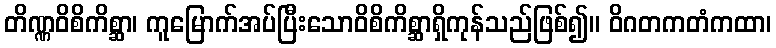
တိဏ္ဏဝိစိကိစ္ဆာ၊ ကူမြောက်အပ်ပြီးသောဝိစိကိစ္ဆာရှိကုန်သည်ဖြစ်၍။ ဝိဂတကတံကထာ၊